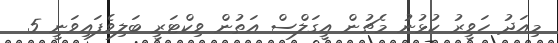
މިއަދު ހަވީރު ކުޅުނު މެޗުން އީގަލްސް އަތުން ވިކްޓަރީ ބަލިވެފައިވަނީ 5